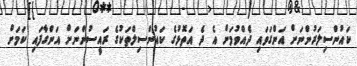
ކައުންސިލަރުންނަށް އަންގަވައި ދެއްވުމަށް އެ ދެ އަތޮޅުގެ ކައުންސިލްތަކުގެ ރައީސުންނަށް އަންގާފައި ކަމަށް